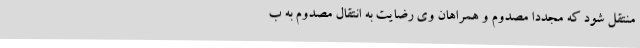
منتقل شود که مجدداً مصدوم و همراهان وی رضایت به انتقال مصدوم به ب